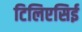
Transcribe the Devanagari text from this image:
टिलिएसिई